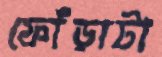
ফোঁড়াটা